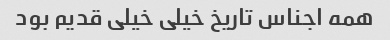
همه اجناس تاریخ خیلی خیلی قدیم بود